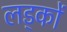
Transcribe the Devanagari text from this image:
लड्कों